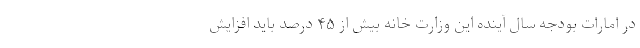
در امارات بودجه سال آینده این وزارت خانه بیش از ۴۵ درصد باید افزایش